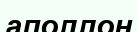
аполлон